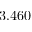
3 . 4 6 0